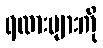
ရထားများကို